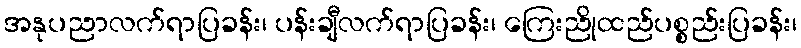
အနုပညာလက်ရာပြခန်း၊ ပန်းချီလက်ရာပြခန်း၊ ကြေးညိုထည်ပစ္စည်းပြခန်း၊